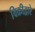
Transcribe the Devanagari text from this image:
विक्रीद्वारे